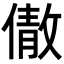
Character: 𬿣